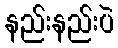
နည်းနည်းပဲ